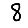
Digit: 8